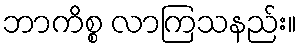
ဘာကိစ္စ လာကြသနည်း။